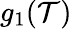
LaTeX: g_{1}(\mathcal{T})